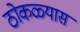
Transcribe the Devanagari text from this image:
ठोकळ्यास